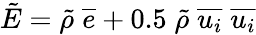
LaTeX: \tilde{E}=\tilde{\rho}\; \overline{{e}}+0.5\; \tilde{\rho}\; \overline{{u_{i}}}\; \overline{{u_{i}}}